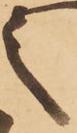
之